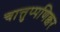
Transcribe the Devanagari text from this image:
चात्तुप्पणिक्कर